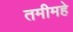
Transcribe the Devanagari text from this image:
तमीमहे